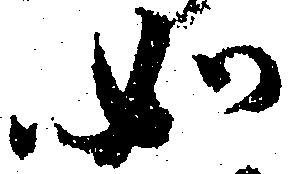
如